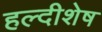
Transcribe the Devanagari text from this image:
हल्दीशेष